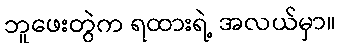
ဘူဖေးတွဲက ရထားရဲ့ အလယ်မှာ။